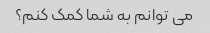
می توانم به شما کمک کنم؟